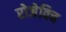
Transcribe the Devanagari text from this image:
रोजेविच